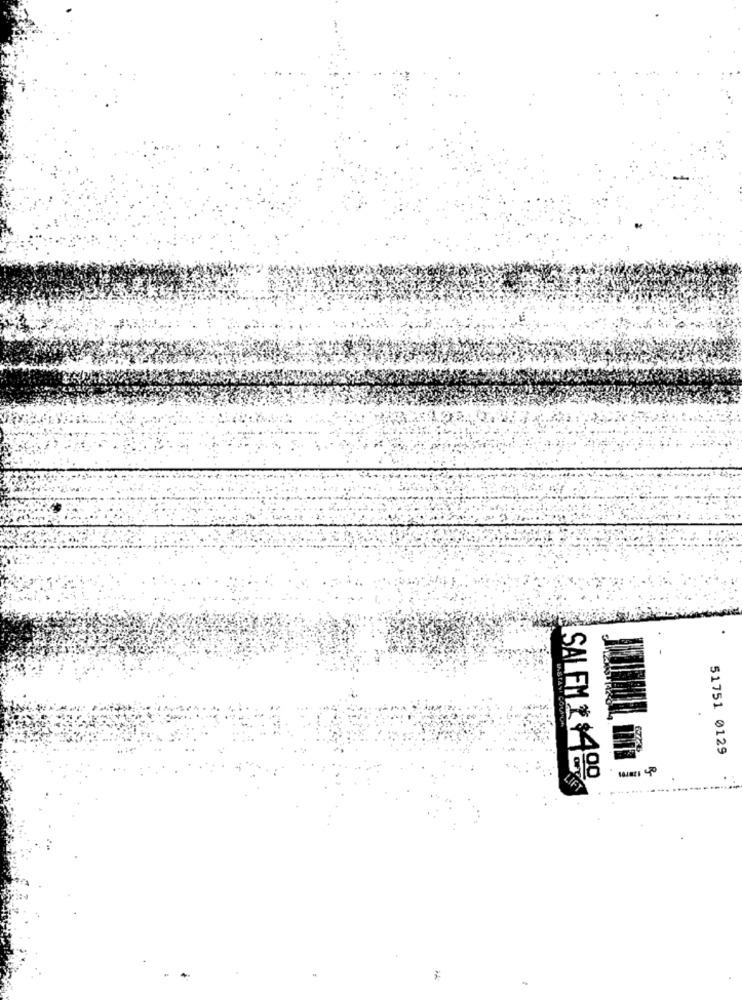
51751 0129
SALEM $ $400
-